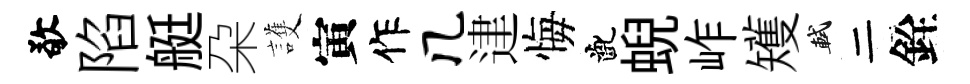
敬陷艇朶護寅作几䢖悔齔蜺岞矱軾二銓